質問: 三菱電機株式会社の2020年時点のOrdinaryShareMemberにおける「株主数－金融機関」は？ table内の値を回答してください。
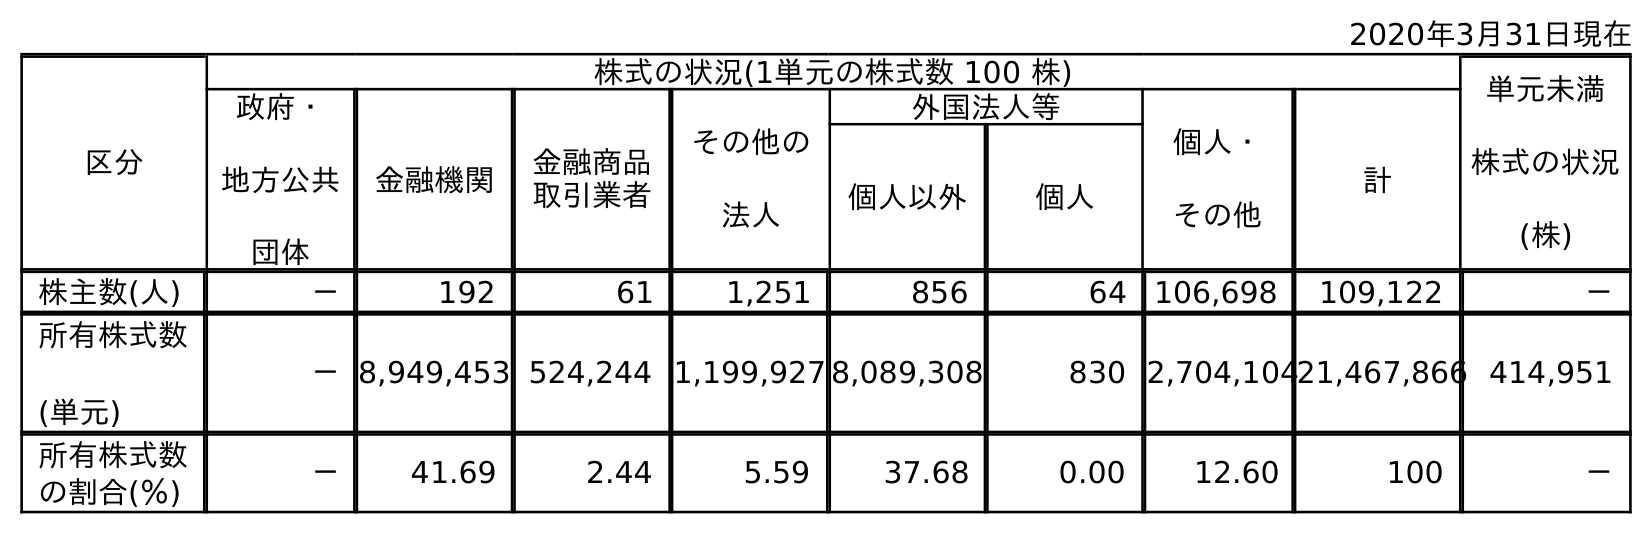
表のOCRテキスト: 2020年3月31日現在 区分 株式の状況(1単元の株式数 100 株) 単元未満 株式の状況 (株) 政府・ 地方公共 団体 金融機関 金融商品 取引業者 その他の 法人 外国法人等 個人・ その他 計 個人以外 個人 株主数(人) － 192 61 1,251 856 64 106,698 109,122 － 所有株式数 (単元) －8,949,453 524,244 1,199,927 8,089,308 830 2,704,10421,467,866 414,951 所有株式数 の割合(％) － 41.69 2.44 5.59 37.68 0.00 12.60 100 －
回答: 192